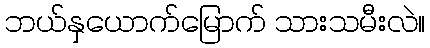
ဘယ်နှယောက်မြောက် သားသမီးလဲ။